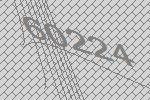
60224